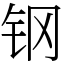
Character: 钢